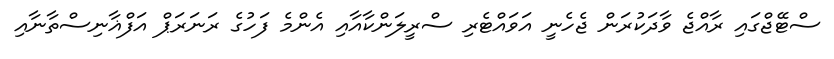
ސްޓޭޖްގައި ރާއްޖެ ވާދަކުރަން ޖެހެނީ އަވައްޓެރި ސްރީލަންކާއާއި އެންމެ ފަހުގެ ރަނަރަޕް އަފްޣާނިސްތާނާއި